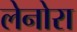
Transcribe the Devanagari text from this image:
लेनोरा